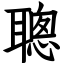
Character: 聰